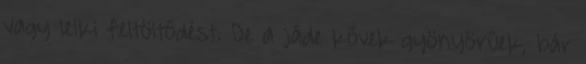
vagy lelki feltöltődést. De a jáde kővek gyönyörűek, bár